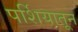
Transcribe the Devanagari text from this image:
पर्शियातून